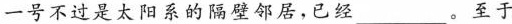
一号不过是太阳系的隔壁邻居，已经___。至于